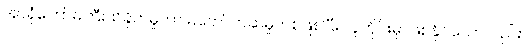
အာရုံကြောမကြီးထိခိုက်မှုဟာ မတော်တဆမှုတစ်ဖြစ်ပြီး လူတိုင်းမှာဖြစ်နိုင်သော်လည်း